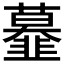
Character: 𩐍